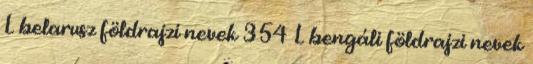
L belarusz földrajzi nevek‎ 354 L bengáli földrajzi nevek‎